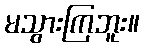
မသွားကြဘူး။